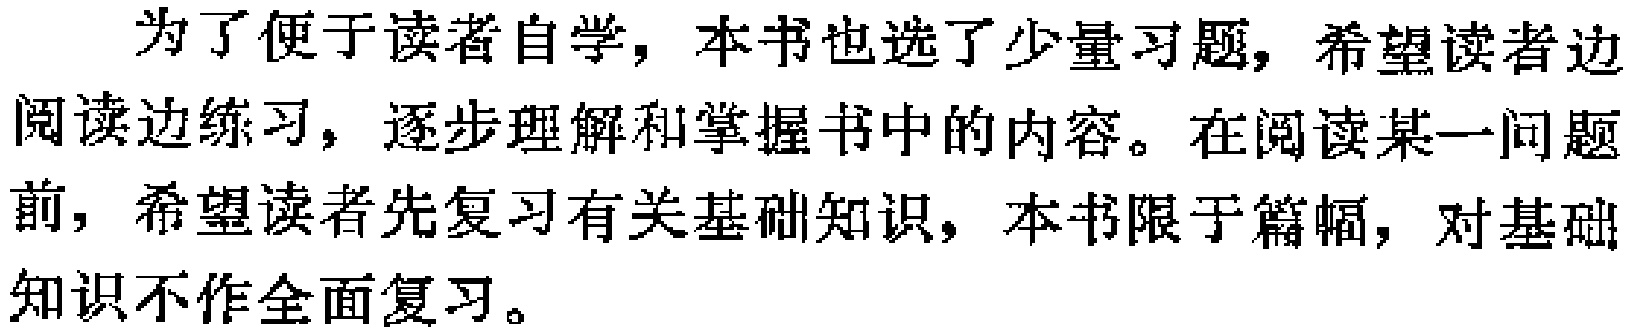
为了便于读者自学，本书也选了少量习题，希望读者边阅读边练习，逐步理解和掌握书中的内容。在阅读某一问题前，希望读者先复习有关基础知识，本书限于篇幅，对基础知识不作全面复习。